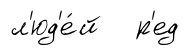
л'юд'е́й р'ед